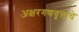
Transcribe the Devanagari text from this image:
अक्षरगणवृत्ताचे